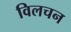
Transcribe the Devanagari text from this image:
विलचन